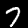
Digit: 7